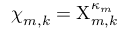
{ \boldsymbol { \chi } } _ { m , k } = { \Chi } _ { m , k } ^ { \kappa _ { m } }